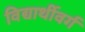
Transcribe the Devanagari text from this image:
विद्यार्थीवर्ग